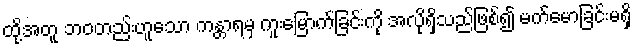
ထို့အတူ ဘဝတည်းဟူသော ကန္တာရမှ ကူးမြောက်ခြင်းကို အလိုရှိသည်ဖြစ်၍ မက်မောခြင်းမရှိ